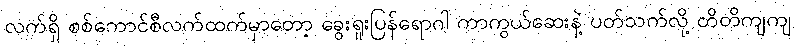
လက်ရှိ စစ်ကောင်စီလက်ထက်မှာတော့ ခွေးရူးပြန်ရောဂါ ကာကွယ်ဆေးနဲ့ ပတ်သက်လို့ တိတိကျကျ